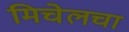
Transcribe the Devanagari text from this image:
मिचेलचा